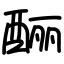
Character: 酾